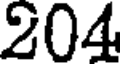
204